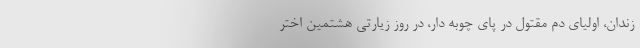
زندان، اولیای دم مقتول در پای چوبه دار، در روز زیارتی هشتمین اختر